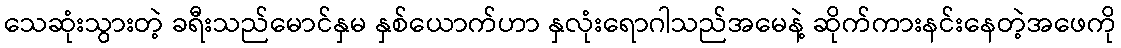
သေဆုံးသွားတဲ့ ခရီးသည်မောင်နှမ နှစ်ယောက်ဟာ နှလုံးရောဂါသည်အမေနဲ့ ဆိုက်ကားနင်းနေတဲ့အဖေကို